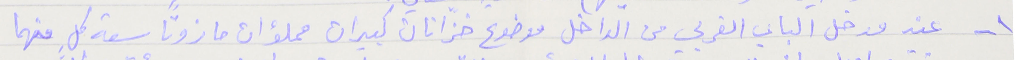
١ - عند مدخل الباب الغربي من الداخل موضوع خزّانان كبيران مملؤان مازوتاً سعة كلِ منهما